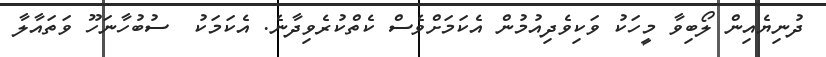
ދުނިޔެއިން ލޯބިވާ މީހަކު ވަކިވެދިއުމުން އެކަމަށްވެސް ކެތްކުރެވިދާނެ. އެކަމަކު  ސުބުހާނަހޫ ވަތައާލާ